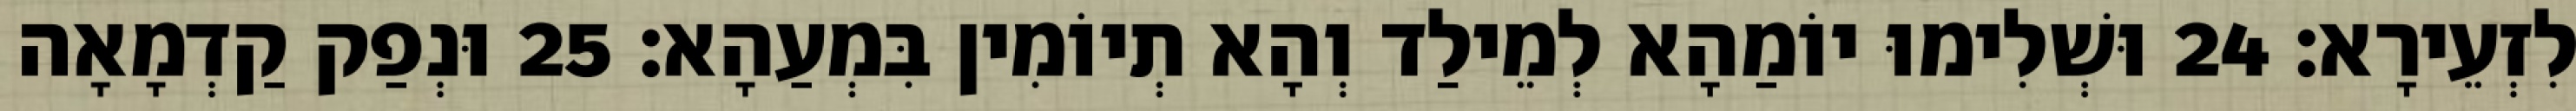
לִזְעֵירָא׃ 24 וּשְׁלִימוּ יוֹמַהָא לְמֵילַד וְהָא תְיוֹמִין בִּמְעַהָא׃ 25 וּנְפַק קַדְמָאָה